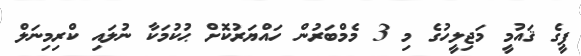
ޕީގެ ޤައުމީ މަޖިލީހުގެ މި 3 މެމްބަރުން ހައްޔަރުކޮށް ޙުކުމަކާ ނުލައި ކްރިމިނަލް